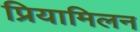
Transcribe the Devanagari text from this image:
प्रियामिलन